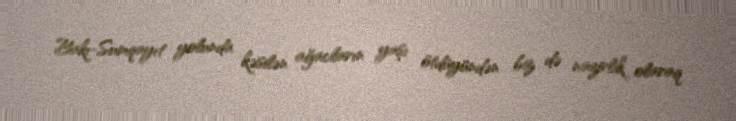
Bakı-Sumqayıt yolunda kəsilən ağacların yaşı ötdüyündən biz də nazirlik olaraq